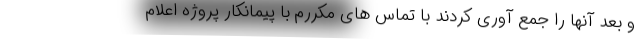
و بعد آنها را جمع آوری کردند با تماس های مکررم با پیمانکار پروژه اعلام